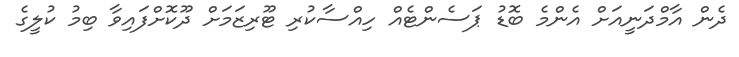
ދެން އާމްދަނީއަށް އެންމެ ބޮޑު ޕަސެންޓެއް ހިއްސާކުރި ޓޫރިޒަމަށް ދޫކޮށްފައިވާ ބިމު ކުލީގެ